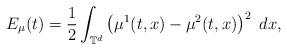
LaTeX: \begin{align*}E_{\mu}(t)=\frac{1}{2}\int_{\mathbb{T}^{d}}\left(\mu^{1}(t,x)-\mu^{2}(t,x)\right)^{2}\ dx,\end{align*}